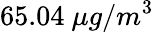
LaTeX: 65.04\ \mu g/m^{3}